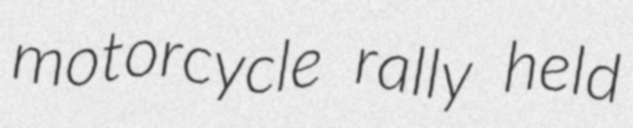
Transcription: motorcycle rally held